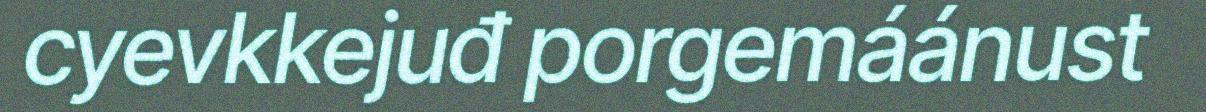
cyevkkejuđ porgemáánust